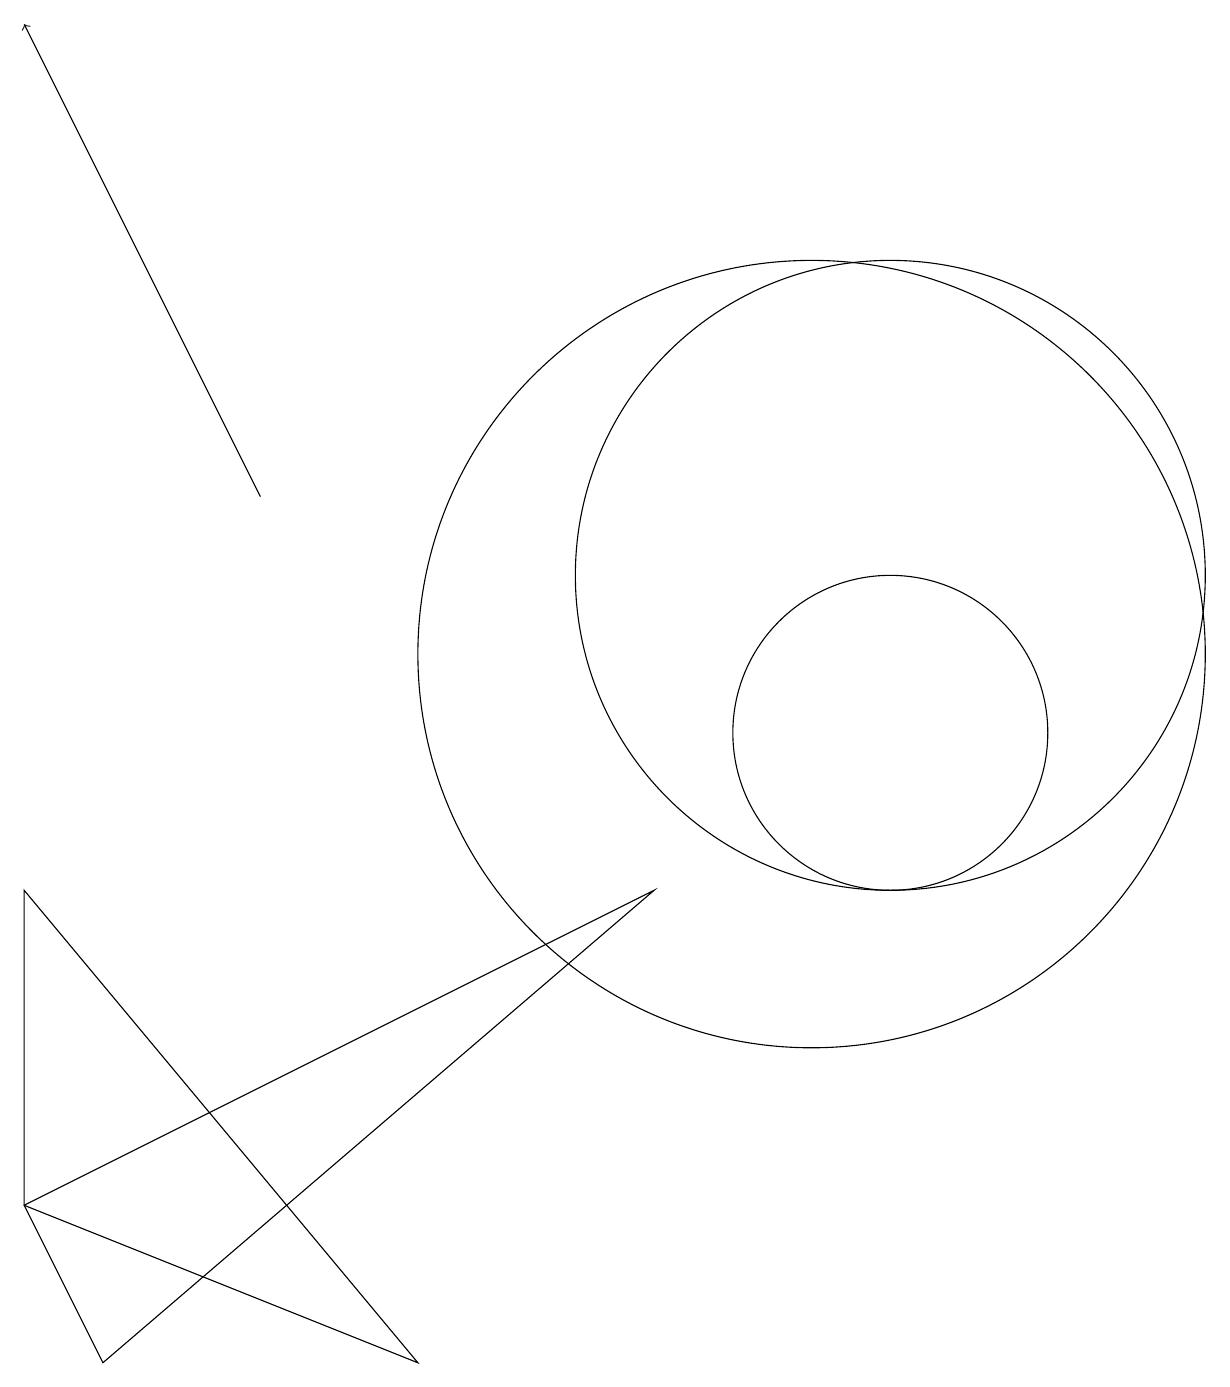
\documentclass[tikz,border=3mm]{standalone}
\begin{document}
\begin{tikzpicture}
\draw (11,10) circle (2);
\draw (11,12) circle (4);
\draw (5,2) -- (0,8) -- (0,4) -- cycle;
\draw[->] (3,13) -- (0,19);
\draw (1,2) -- (0,4) -- (8,8) -- cycle;
\draw (10,11) circle (5);
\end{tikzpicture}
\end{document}